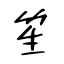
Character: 笙